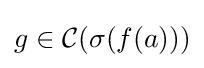
g\in {\mathcal {C}}(\sigma (f(a)))